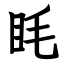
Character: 眊